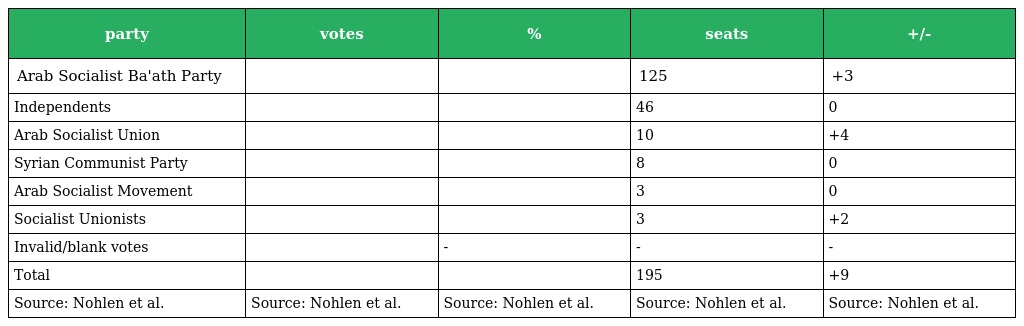
| party | votes | % | seats | +/- |
 | --- | --- | --- | --- | --- |
 | Arab Socialist Ba'ath Party |  |  | 125 | +3 |
 | Independents |  |  | 46 | 0 |
 | Arab Socialist Union |  |  | 10 | +4 |
 | Syrian Communist Party |  |  | 8 | 0 |
 | Arab Socialist Movement |  |  | 3 | 0 |
 | Socialist Unionists |  |  | 3 | +2 |
 | Invalid/blank votes |  | - | - | - |
 | Total |  |  | 195 | +9 |
 | Source: Nohlen et al. | Source: Nohlen et al. | Source: Nohlen et al. | Source: Nohlen et al. | Source: Nohlen et al. |